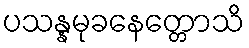
ပသန္နမုခနေတ္တောသိ